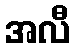
အလီ